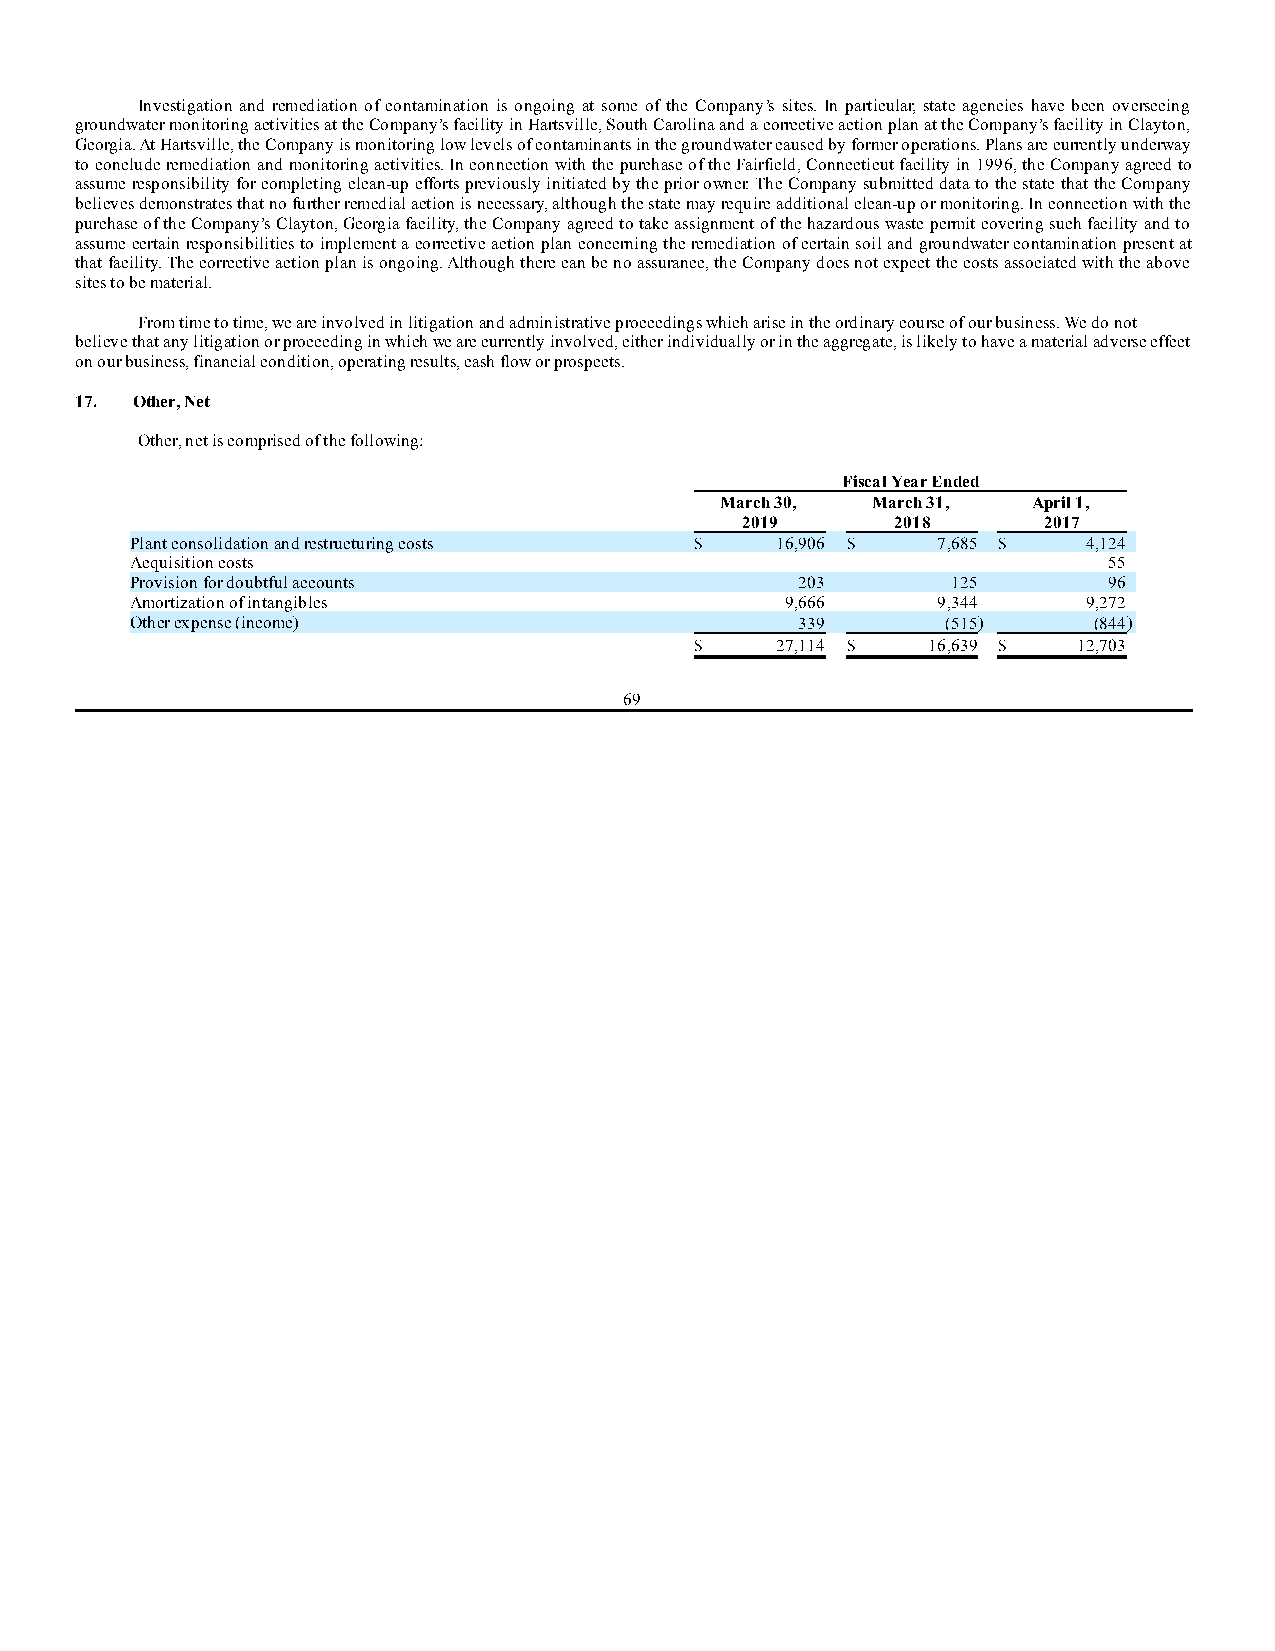
Investigation and remediation of contamination is ongoing at some of the Company’s sites. In particular, state agencies have been overseeing
 groundwater monitoring activities at the Company’s facility in Hartsville, South Carolina and a corrective action plan at the Company’s facility in Clayton,
 Georgia. At Hartsville, the Company is monitoring low levels of contaminants in the groundwater caused by former operations. Plans are currently underway
 to conclude remediation and monitoring activities. In connection with the purchase of the Fairfield, Connecticut facility in 1996, the Company agreed to
 assume responsibility for completing clean-up efforts previously initiated by the prior owner. The Company submitted data to the state that the Company
 believes demonstrates that no further remedial action is necessary, although the state may require additional clean-up or monitoring. In connection with the
 purchase of the Company’s Clayton, Georgia facility, the Company agreed to take assignment of the hazardous waste permit covering such facility and to
 assume certain responsibilities to implement a corrective action plan concerning the remediation of certain soil and groundwater contamination present at
 that facility. The corrective action plan is ongoing. Although there can be no assurance, the Company does not expect the costs associated with the above
 sites to be material.
 From time to time, we are involved in litigation and administrative proceedings which arise in the ordinary course of our business. We do not
 believe that any litigation or proceeding in which we are currently involved, either individually or in the aggregate, is likely to have a material adverse effect
 on our business, financial condition, operating results, cash flow or prospects.
 17. Other, Net
 Other, net is comprised of the following:
 Fiscal Year Ended
 March 30, March 31, April 1,
 2019      2018      2017
 Plant consolidation and restructuring costs $ 16,906 $ 7,685 $ 4,124
 Acquisition costs                            —         —        55
 Provision for doubtful accounts             203       125       96
 Amortization of intangibles                9,666     9,344     9,272
 Other expense (income)                      339       (515)    (844)
 $    27,114 $  16,639 $  12,703
 69